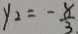
y _ { 2 } = - \frac { 8 } { 3 }